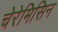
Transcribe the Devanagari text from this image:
चेरेमिसिन